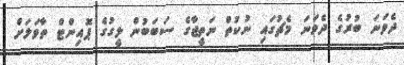
ދެވަނަ ބުރުގެ ދެވަނަ މެޗުގައި ނުކުތް ނަތީޖާގެ ސަބަބުން ލީގުގެ ޕޮއިންޓް ތާވަލަށް